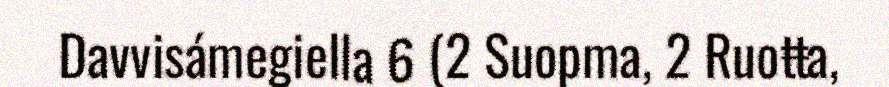
Davvisámegiella 6 (2 Suopma, 2 Ruoŧŧa,